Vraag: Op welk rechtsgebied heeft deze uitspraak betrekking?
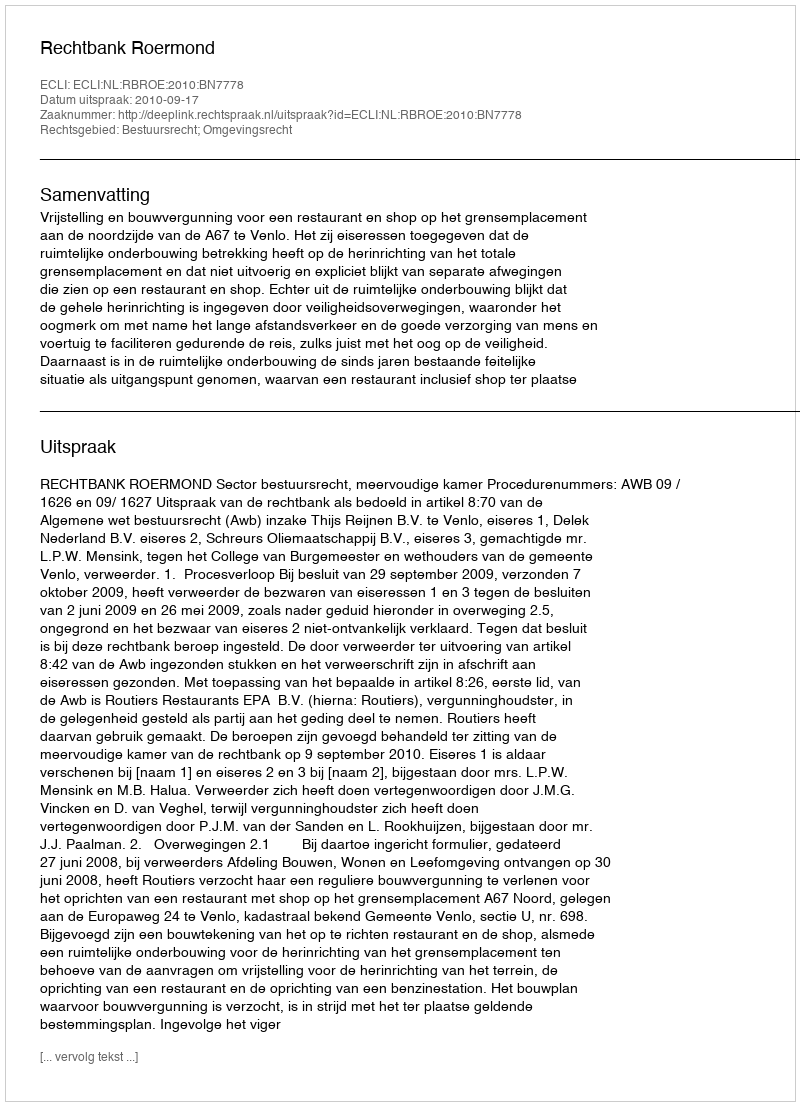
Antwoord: Bestuursrecht; Omgevingsrecht